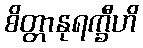
စိတ္တာနုရက္ခီဟိ